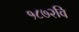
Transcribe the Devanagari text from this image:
१८७२वि